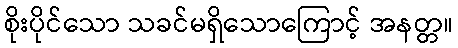
စိုးပိုင်သော သခင်မရှိသောကြောင့် အနတ္တ။